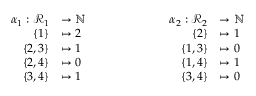
\begin{array} { r l } { \alpha _ { 1 } : \mathcal { R } _ { 1 } } & { \to \mathbb { N } } \\ { \{ 1 \} } & { \mapsto 2 } \\ { \{ 2 , 3 \} } & { \mapsto 1 } \\ { \{ 2 , 4 \} } & { \mapsto 0 } \\ { \{ 3 , 4 \} } & { \mapsto 1 } \end{array} \qquad \qquad \qquad \begin{array} { r l } { \alpha _ { 2 } : \mathcal { R } _ { 2 } } & { \to \mathbb { N } } \\ { \{ 2 \} } & { \mapsto 1 } \\ { \{ 1 , 3 \} } & { \mapsto 0 } \\ { \{ 1 , 4 \} } & { \mapsto 1 } \\ { \{ 3 , 4 \} } & { \mapsto 0 } \end{array}